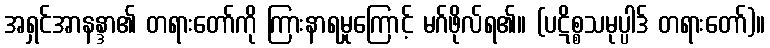
အရှင်အာနန္ဒာ၏ တရားတော်ကို ကြားနာရမှုကြောင့် မဂ်ဖိုလ်ရ၏။ (ပဋိစ္စသမုပ္ပါဒ် တရားတော်)။